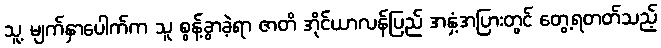
သူ့ မျက်နှာပေါက်က သူ စွန့်ခွာခဲ့ရာ ဇာတိ အိုင်ယာလန်ပြည် အနှံ့အပြားတွင် တွေ့ရတတ်သည့်